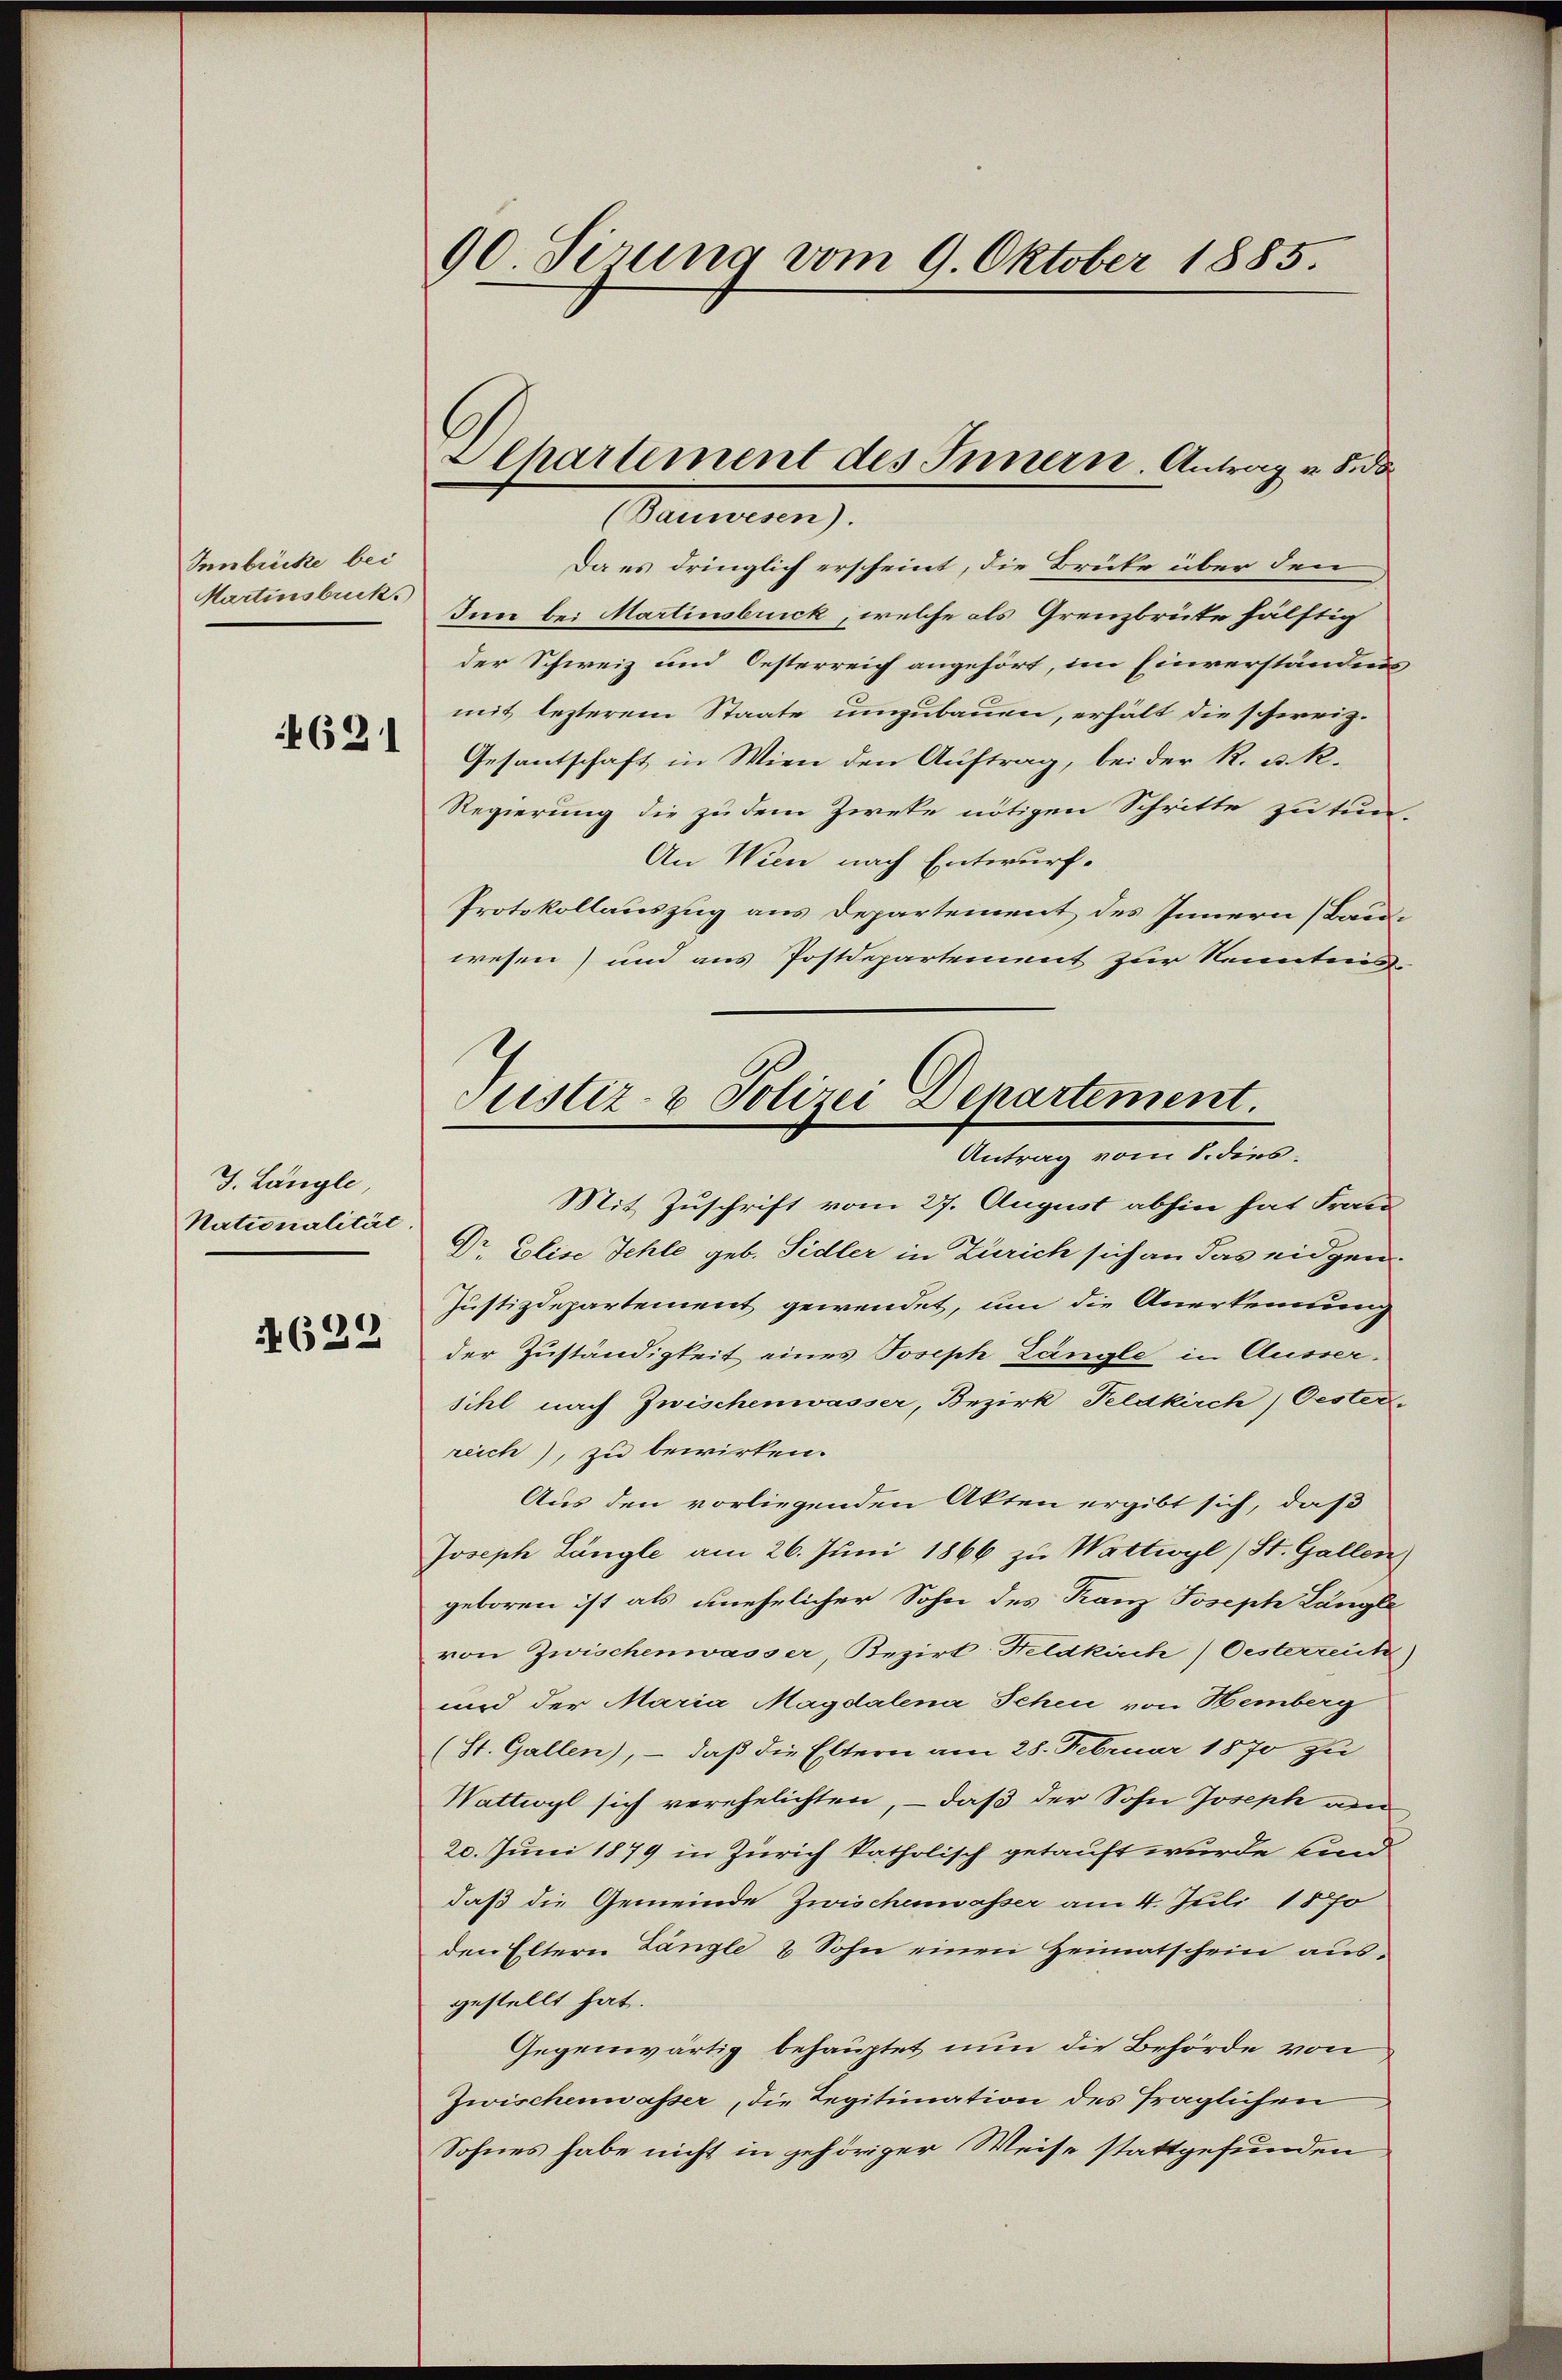
Innbücke bei
Martinsbruck

4621

J. Längle
Nationalität.
4622

90 Sirung vom 9. Oktober 1885.

Aepartement des Innern. Antrag u. 8. da

(Bauwesen).
Da es dringlich erscheint, die Brüke über den
Inn bei Martinsbrick, welche als Grenzbrüte hälftig
der Schweiz und Oesterreich angehört, im Einverständnis
mit lezterem Staate umzubauen, erhält die schweiz.
Gesantschaft in Wien den Auftrag, bei der R. u. R.
Regierung die zu dem Zweke nötigen Schritte zu tun-
An Wien nach Entwurf.
Protokollauszug aus Departement des Innern (Bauwesen) und aus Postdepartement zur Kenntnis-
Mit Zuschrift vom 27. August abhin hat Frau
Dr Elise Fehle geb. Sidler in Zürich sich an das eidgen.
Justizdepartement gewendet, um die Anerkennung
der Zuständigkeit eines Joseph Längle, in Äussersihl nach Zwischenwasser, Bezirk, Feldkirch) Oester.
reich), zu bewirken.
Aus den vorliegenden Akten ergibt sich, daß
Joseph Längle am 26. Juni 1866 zu Wattwyl (St. Gallen.
geboren ist als unehelicher Sohn des Franz Joseph Längle
von Zwischenwasser, Bezirt Heldkich/Oesterzeit)
und der Maria Magdalena Schen von Hemberg
(St. Gallen), - daß die Eltern am 28. Februar 1870 zu
Wattwyl sich verehelichten, – daß der Sohn Joseph von
20. Juni 1879 in Zürich katholisch getauft wurde sind.
daß die Gemeinde Zwischenwasser am 4. Juli 1870
den Eltern Längle 2 Sohn einen Heimatschein ausgestellt hat.
Gegenwärtig behauptet nun die Behörde von
Zwischenwasser, die Legitimation des fraglichen
Sohnes habe nicht in gehöriger Weise stattgefunden

Justiz- & Polizei Departement.
Antrag vom 8. dies